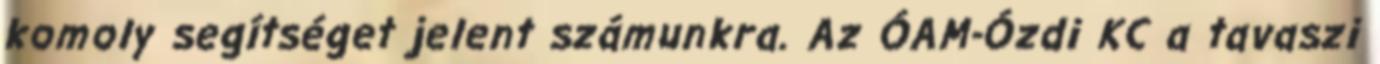
komoly segítséget jelent számunkra. Az ÓAM-Ózdi KC a tavaszi